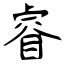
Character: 睿